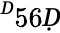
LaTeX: ^Ḋ56Ḍ